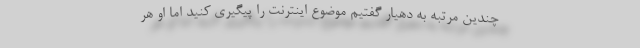
چندین مرتبه به دهیار گفتیم موضوع اینترنت را پیگیری کنید اما او هر